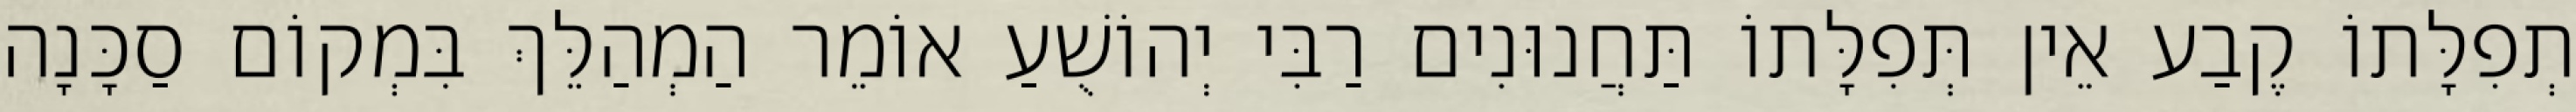
תְפִלָּתוֹ קֶבַע אֵין תְּפִלָּתוֹ תַּחֲנוּנִים רַבִּי יְהוֹשֻׁעַ אוֹמֵר הַמְהַלֵּךְ בִּמְקוֹם סַכָּנָה